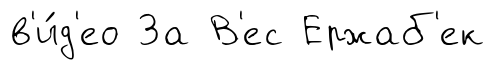
в'и́д'ео За В'ес Ержаб'ек